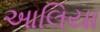
આલિયા